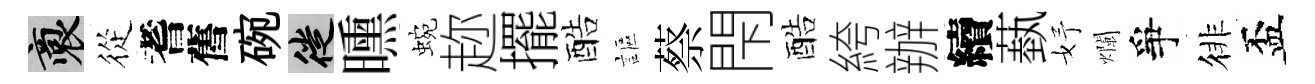
裔從耆舊碗徙曛蜿趂擺酷謳蔡閇酷絝辦續蓺妤爛爭徘盃